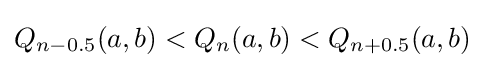
Q_{n-0.5}(a,b)<Q_{n}(a,b)<Q_{n+0.5}(a,b)